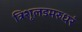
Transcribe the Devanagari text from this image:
त्रिशूलडमरुधरं